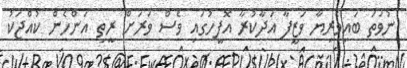
ނުވަތަ ބައިވެރިޔާ ވަޒީފާ އަދާކުރާ އޮފީހުގައި ވެސް ވަރަށް ރީތި އަންހެން ކުއްޖަކު